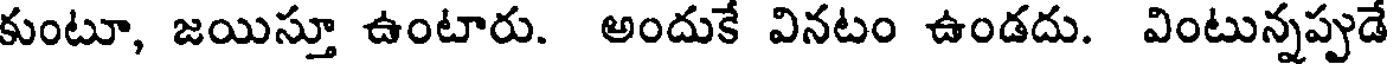
కుంటూ, జయిస్తూ ఉంటారు. అందుకే వినటం ఉండదు. వింటున్నప్పుడే